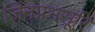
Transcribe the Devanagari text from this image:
जिनप्रभसूरि